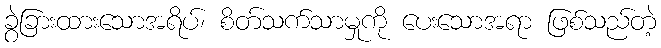
ခွဲခြားထားသောအရိပ်၊ စိတ်သက်သာမှုကို ပေးသောအရာ ဖြစ်သည်တဲ့